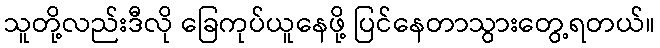
သူတို့လည်းဒီလို ခြေကုပ်ယူနေဖို့ ပြင်နေတာသွားတွေ့ရတယ်။